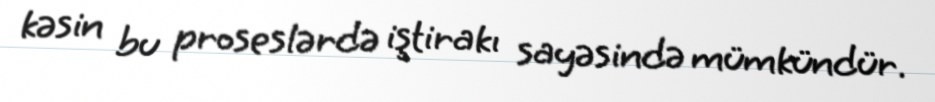
kəsin bu proseslərdə iştirakı sayəsində mümkündür.